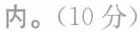
内.(10分)